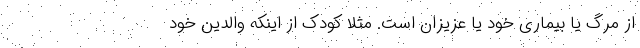
از مرگ یا بیماری خود یا عزیزان است. مثلا کودک از اینکه والدین خود